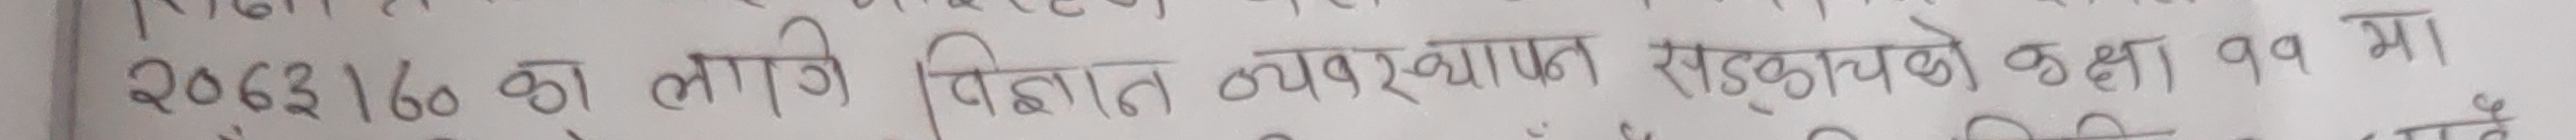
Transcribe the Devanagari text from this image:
२०६३160 का लागि बिबाद उपबस्थापन सडकाचको कक्षा ११ मा